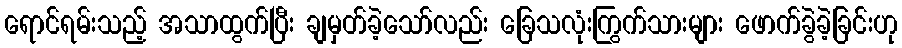
ရောင်ရမ်းသည့် အသာထွက်ပြီး ချမှတ်ခဲ့သော်လည်း ခြေသလုံးကြွက်သားများ ဖောက်ခွဲခဲ့ခြင်းဟု